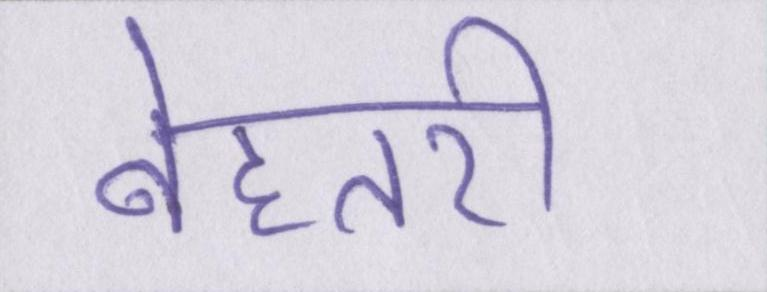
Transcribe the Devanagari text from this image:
बेहतरी